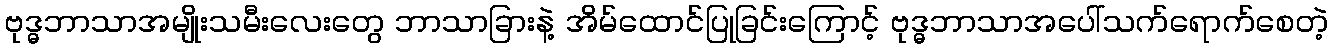
ဗုဒ္ဓဘာသာအမျိုးသမီးလေးတွေ ဘာသာခြားနဲ့ အိမ်ထောင်ပြုခြင်းကြောင့် ဗုဒ္ဓဘာသာအပေါ်သက်ရောက်စေတဲ့